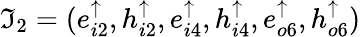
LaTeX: \mathfrak{I}_{2}=(e_{i2}^{\uparrow},h_{i2}^{\uparrow},e_{i4}^{\uparrow},h_{i4}^{\uparrow},e_{o6}^{\uparrow},h_{o6}^{\uparrow})